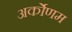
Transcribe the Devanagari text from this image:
अर्कोणम